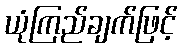
ယုံကြည်ချက်ဖြင့်